Report on malaria in the Punjab during the year ...  together with an account of the work of the Punjab Malaria Bureau - Volume 3
Disease focus: Malaria
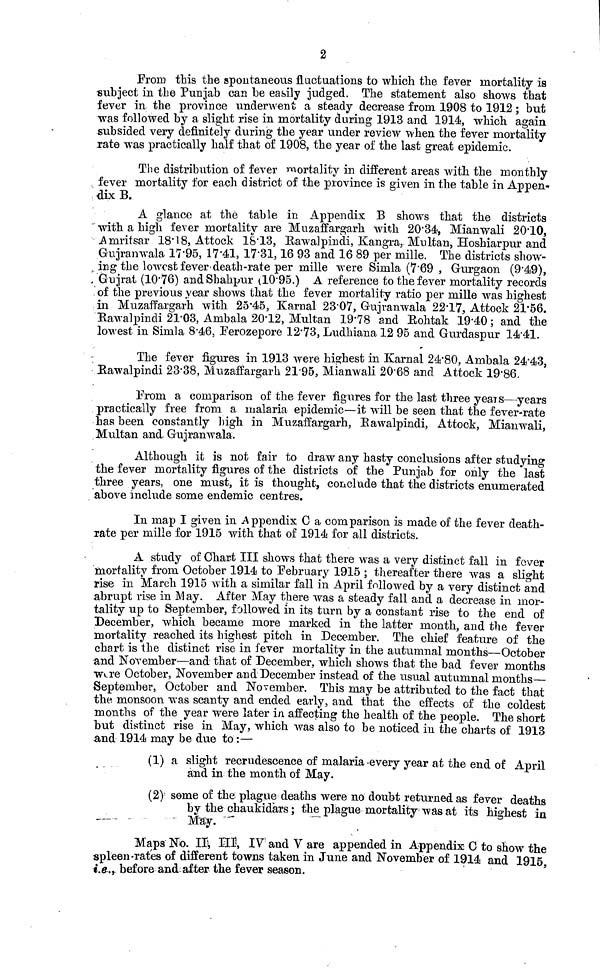
2
From this the spontaneous fluctuations to which the fever mortality is
subject in the Punjab can be easily judged. The statement also shows that
fever in the province underwent a steady decrease from 1908 to 1912 ; but
was followed by a slight rise in mortality during 1913 and 1914, which, again
subsided very definitely during the year under review when the fever mortality
rate was practically half that of 1908, the year of the last great epidemic.
The distribution of fever mortality in different areas with the monthly
fever mortality for each district of the province is given in the table in Appen-
dix B.
A glance at the table in Appendix B shows that the districts
with a high fever mortality are Muzaffargarh with 20.34, Mianwali 20.10,
Amritsar 18.18, Attock 18.13, Rawalpindi, Kangra, Multan, Hoshiarpur and
Gujranwala 17.95, 17.41, 17.31, 16 93 and 16 89 per mille. The districts show-
ing the lowest fever death-rate per mille were Simla (7.69 , Gurgaon (9.49),
Gujrat (10.76) and Shahpur (1095.) A reference to the fever mortality records
of the previous year shows that the fever mortality ratio per mille was highest
in Muzaffargarh with 25.45, Karnal 23.07, Gujranwala 22.17, Attock 21.56.
Rawalpindi 21.03, Ambala 20.12, Multan 19.78 and Rohtak 19.40 ; and the
lowest in Simla 8.46. Ferozepore 12.73, Ludhiana 12 95 and Gurdaspur 14.41.
The fever figures in 1913 were highest in Karnal 24.80, Ambala 24.43,
Rawalpindi 23.38, Muzaffargarh 21.95, Mianwali 20.68 and Attock 19.86.
From a comparison of the fever figures for the last three years—years
practically free from a malaria epidemic—it will be seen that the fever-rate
has been constantly high in Muzaffargarh, Rawalpindi, Attock, Mianwali,
Multan and Gujranwala.
Although it is not fair to draw any hasty conclusions after studying
the fever mortality figures of the districts of the Punjab for only the last
three years, one must, it is thought, conclude that the districts enumerated
above include some endemic centres.
In map I given in Appendix G a comparison is made of the fever death-
rate per mille for 1915 with that of 1914 for all districts.
A study of Chart III shows that there was a very distinct fall in fever
mortality from October 1914 to February 1915 ; thereafter there was a slight
rise in March 1915 with a similar fall in April followed by a very distinct and
abrupt rise in May. After May there was a steady fall and a decrease in mor-
tality up to September, followed in its turn by a constant rise to the end of
December, which became more marked in the latter month, and the fever
mortality reached its highest pitch in December. The chief feature of the
chart is the distinct rise in fever mortality in the autumnal months—October
and November—and that of December, which shows that the bad fever months
were October, November and December instead of the usual autumnal months—
September, October and November. This may be attributed to the fact that
the monsoon was scanty and ended early, and that the effects of the coldest
months of the year were later in affecting the health of the people. The short
but distinct rise in May, which was also to be noticed in the charts of 1913
and 1914 may be due to :—
(1) a slight recrudescence of malaria every year at the end of April
and in the month of May.
(2) some of the plague deaths were no doubt returned as fever deaths
by the chaukidars ; the plague mortality was at its highest in
May.
Maps No. II, III, IV and V are appended in Appendix C to show the
spleen-rates of different towns taken in June and November of 1914 and 1915,
i.e., before and after the fever season.